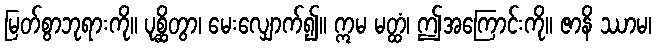
မြတ်စွာဘုရားကို။ ပုစ္ဆိတွာ၊ မေးလျှောက်၍။ ဣမ မတ္ထံ၊ ဤအကြောင်းကို။ ဇာနိ ဿာမ၊